Scottish Leaving Certificate Examination, 1958
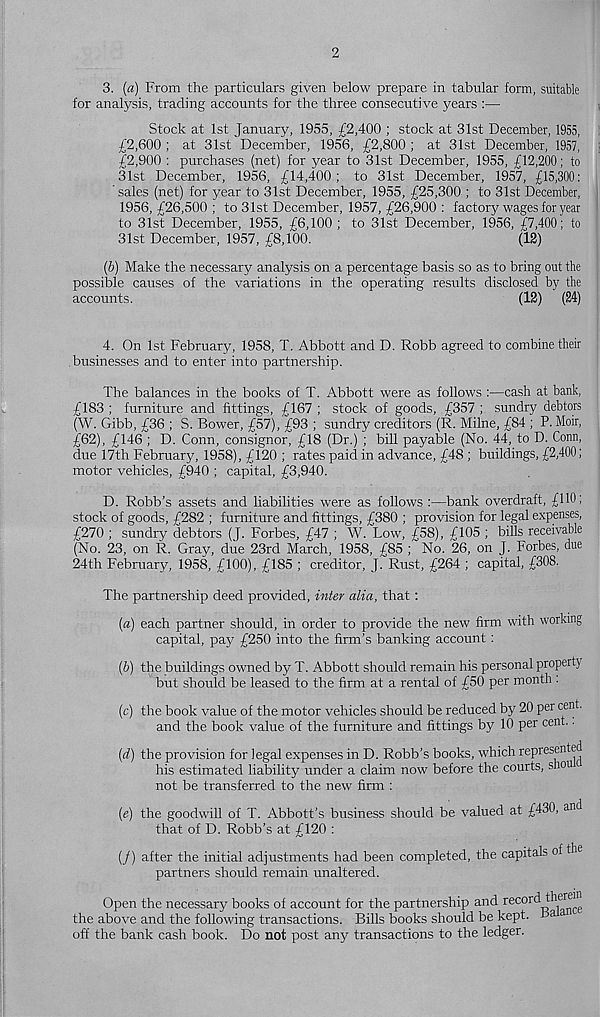
2
3. {a) From the particulars given below prepare in tabular form, suitable
for analysis, trading accounts for the three consecutive years :—
Stock at 1st January, 1955, £2,400 ; stock at 31st December, 1955,
£2,600 ; at 31st December, 1956, £2,800 ; at 31st December, 1957,
£2,900 : purchases (net) for year to 31st December, 1955, £12,200; to
31st December, 1956, £14,400; to 31st December, 1957, £15,300:
sales (net) for year to 31st December, 1955, £25,300 ; to 31st December,
1956, £26,500 ; to 31st December, 1957, £26,900 : factory wages for year
to 31st December, 1955, £6,100 ; to 31st December, 1956, £7,400; to
31st December, 1957, £8,100.
(12)
(6) Make the necessary analysis on a percentage basis so as to bring out the
possible causes of the variations in the operating results disclosed by the
accounts.
(12) (24)
4. On 1st February, 1958, T. Abbott and D. Robb agreed to combine their
businesses and to enter into partnership.
The balances in the books of T. Abbott were as follows :—cash at bank,
£183 ; furniture and fittings, £167 ; stock of goods, £357 ; sundry debtors
(W. Gibb, £36 ; S. Bower, £57),^£93 ; sundry creditors (R. Milne, £84 ; P. Moir,
£62), £146 ; D. Conn, consignor, £18 (Dr.) ; bill payable (No. 44, to D. Conn,
due 17th February, 1958), £120 ; rates paid in advance, £48 ; buildings, £2,400;
motor vehicles, £940 ; capital, £3,940.
D. Robb’s assets and liabilities were as follows :—bank overdraft, £110;
stock of goods, £282 ; furniture and fittings, £380 ; provision for legal expenses,
£270 ; sundry debtors (J. Forbes, £47 ; W. Low, £58), £105 ; bills receivable
(No. 23, on R. Gray, due 23rd March, 1958, £85 ; No. 26, on J. Forbes, due
24th February, 1958, £100), £185 ; creditor, J. Rust, £264 ; capital, £308.
The partnership deed provided, inter alia, that :
(a) each partner should, in order to provide the new firm with working
capital, pay £250 into the firm’s banking account :
(b) the buildings owned by T. Abbott should remain his personal proper!}
but should be leased to the firm at a rental of £50 per month .
(c) the book value of the motor vehicles should be reduced by 20 per cent.
and the book value of the furniture and fittings by 10 per cent..
(d) the provision for legal expenses in D. Robb’s books, which represented
his estimated liability under a claim now before the courts, shou
not be transferred to the new firm :
(e) the goodwill of T. Abbott’s business should be valued at £430, and
that of D. Robb’s at £120 :
(/) after the initial adjustments had been completed, the capitals of the
partners should remain unaltered.
Open the necessary books of account for the partnership and record theren
the above and the following transactions. Bills books should be kept. 0
off the bank cash book. Do not post any transactions to the ledger.